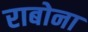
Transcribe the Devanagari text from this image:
राबोना